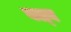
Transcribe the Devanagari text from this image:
बल्‍ब